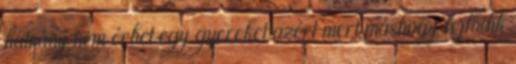
hátrány nem érhet egy gyereket azért mert máshogy fejlődik